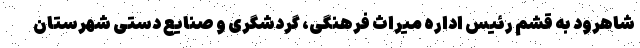
شاهرود به قشم رئیس اداره میراث‌ فرهنگی، گردشگری و صنایع‌ دستی شهرستان